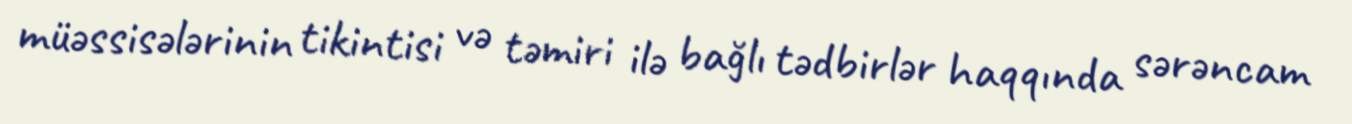
müəssisələrinin tikintisi və təmiri ilə bağlı tədbirlər haqqında sərəncam